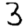
Digit: 3